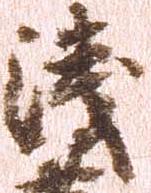
浅